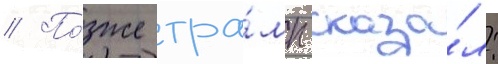
// По́зже тра́мп сказа́л: